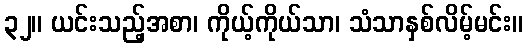
၃၂။ ယင်းသည့်အစာ၊ ကိုယ့်ကိုယ်သာ၊ သံသာနှစ်လိမ့်မင်း။